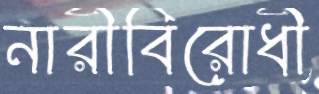
নারীবিরোধী